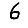
Digit: 6